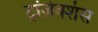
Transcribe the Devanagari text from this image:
ट्रांज़ेक्शंस